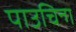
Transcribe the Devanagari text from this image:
पाउचिन्ग